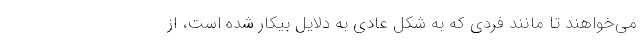
می‌خواهند تا مانند فردی که به شکل عادی به دلایل بیکار شده است، از